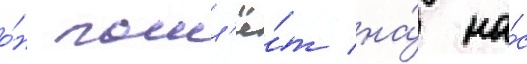
о́н пошл'ё́т на́ на́с